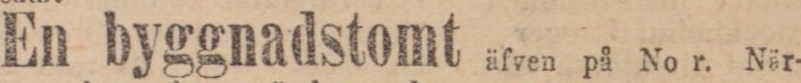
En byggnadstomt äfven på No r. När-